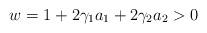
LaTeX: \begin{align*} w=1+2\gamma_1 a_1+2\gamma_2 a_2>0 \end{align*}